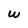
Character: W